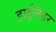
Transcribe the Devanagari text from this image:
हाईलैडर